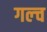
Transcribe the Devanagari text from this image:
गल्च